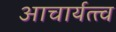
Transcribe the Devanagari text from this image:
आचार्यत्त्व